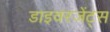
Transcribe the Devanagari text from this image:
डाइवरजेंट्स